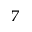
_ { 7 }